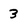
Character: 3